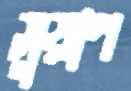
সুয়াপ